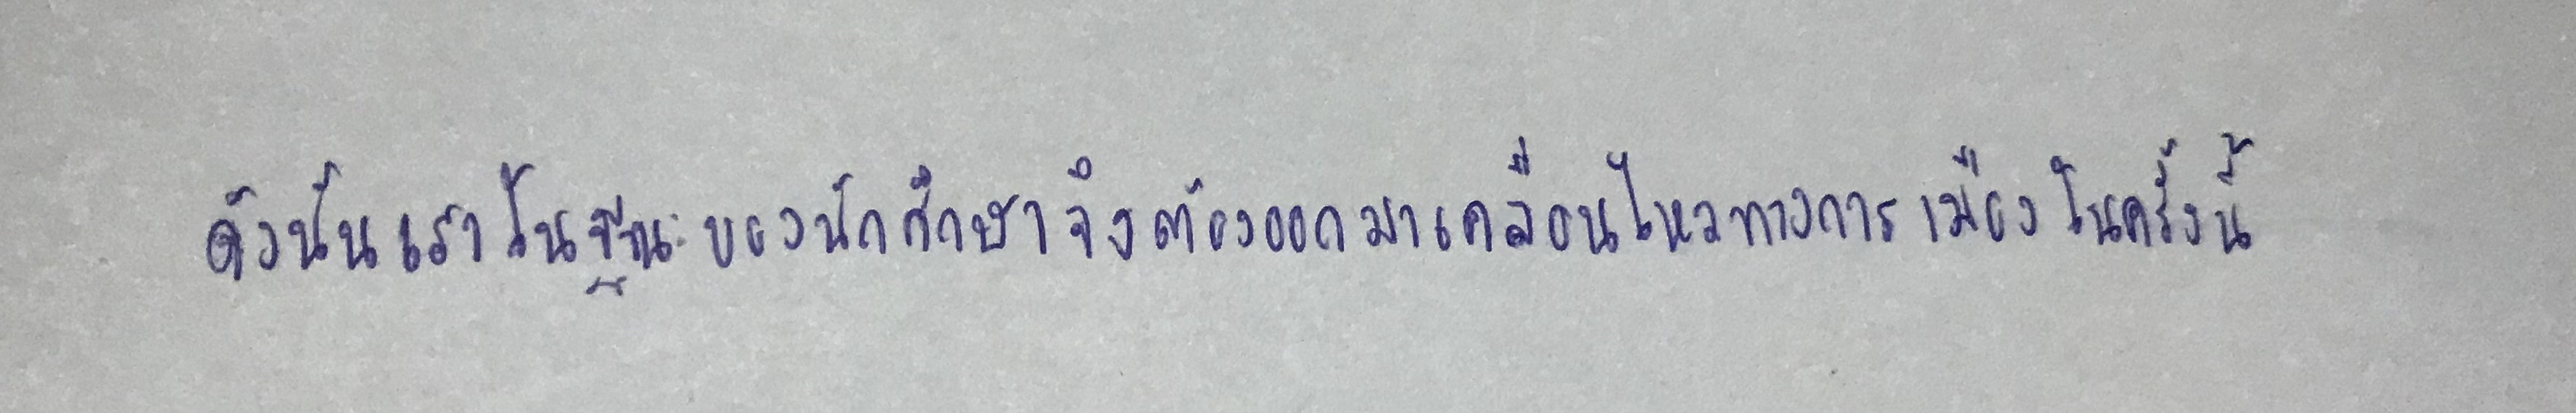
ดังนั้นเราในฐานะของนักศึกษาจึงต้องออกมาเคลื่อนไหวทางการเมืองในครั้งนี้